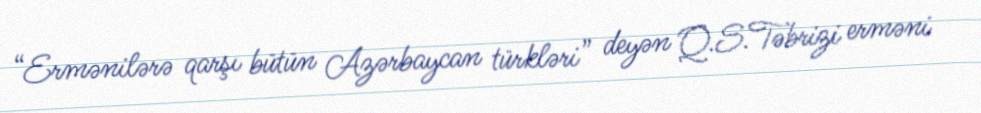
“Ermənilərə qarşı bütün Azərbaycan türkləri” deyən Q.S.Təbrizi erməni